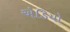
એડિયો